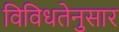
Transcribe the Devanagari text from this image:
विविधतेनुसार